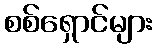
စစ်ရှောင်များ